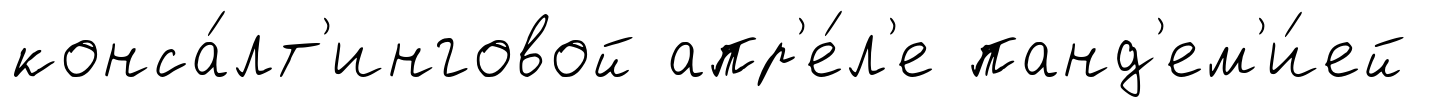
конса́лт'инговой апр'е́л'е панд'ем'и́ей